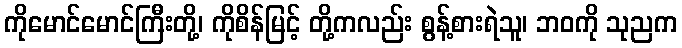
ကိုမောင်မောင်ကြီးတို့၊ ကိုစိန်မြင့် တို့ကလည်း စွန့်စားရဲသူ၊ ဘဝကို သုညက